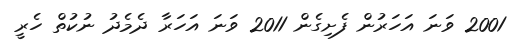
2001 ވަނަ އަހަރުން ފެށިގެން 2011 ވަނަ އަހަރާ ދެމެދު ނުކުތް ހެރީ